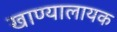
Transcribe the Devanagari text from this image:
खाण्यालायक